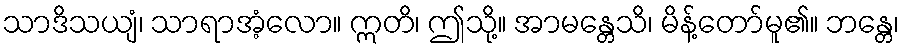
သာဒိသယျံ၊ သာရာအံ့လော။ ဣတိ၊ ဤသို့။ အာမန္တေသိ၊ မိန့်တော်မူ၏။ ဘန္တေ၊